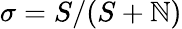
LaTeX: \sigma=S/(S+\mathbb{N})